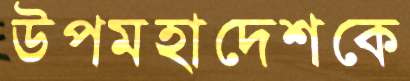
উপমহাদেশকে